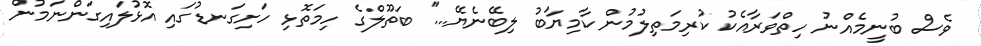
ވެސް ބުނީމެއްނު ހިތްވަރާއެކު ކުރިމަތިލުމުން ކާމިޔާބު ލިބޭނެޔޭ...'' ބަތޫލްގެ ހިމަތޮޅި ހަށިގަނޑުގައި އޮޅުލައިގަންނަމުން